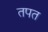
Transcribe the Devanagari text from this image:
तपत